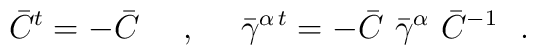
{\bar{C}}^t = - {\bar{C}}~~~~,~~~~ {{\bar{\gamma}}^{\alpha\,t}} = -{\bar{C}}  \,\,{\bar{\gamma}}^{\alpha} \,\, {\bar{C}}^{-1}~~.